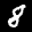
Label: 8